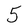
Character: 5